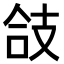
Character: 𢻆